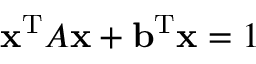
\mathbf { x } ^ { \mathrm { T } } A \mathbf { x } + \mathbf { b } ^ { \mathrm { T } } \mathbf { x } = 1